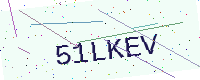
Text: 51LKEV